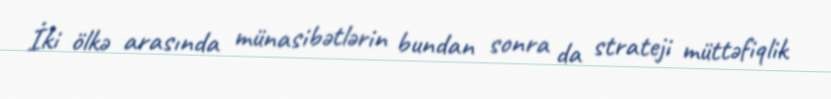
İki ölkə arasında münasibətlərin bundan sonra da strateji müttəfiqlik